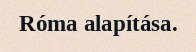
Róma alapítása.